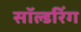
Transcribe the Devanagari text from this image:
सॉल्डरिंग